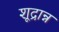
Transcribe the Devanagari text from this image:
शूद्रान्न